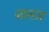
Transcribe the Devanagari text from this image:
जानस